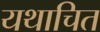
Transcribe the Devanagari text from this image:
यथाचित